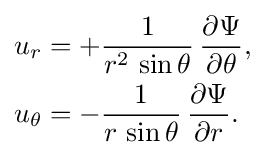
{\begin{aligned}u_{r}&=+{\frac {1}{r^{2}\,\sin \theta }}\,{\frac {\partial \Psi }{\partial \theta }},\\u_{\theta }&=-{\frac {1}{r\,\sin \theta }}\,{\frac {\partial \Psi }{\partial r}}.\end{aligned}}